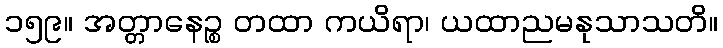
၁၅၉။ အတ္တာနေဉ္စ တထာ ကယိရာ၊ ယထာညမနုသာသတိ။